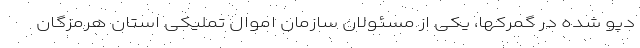
دپو شده در گمرکها، یکی از مسئولان سازمان اموال تملیکی استان هرمزگان